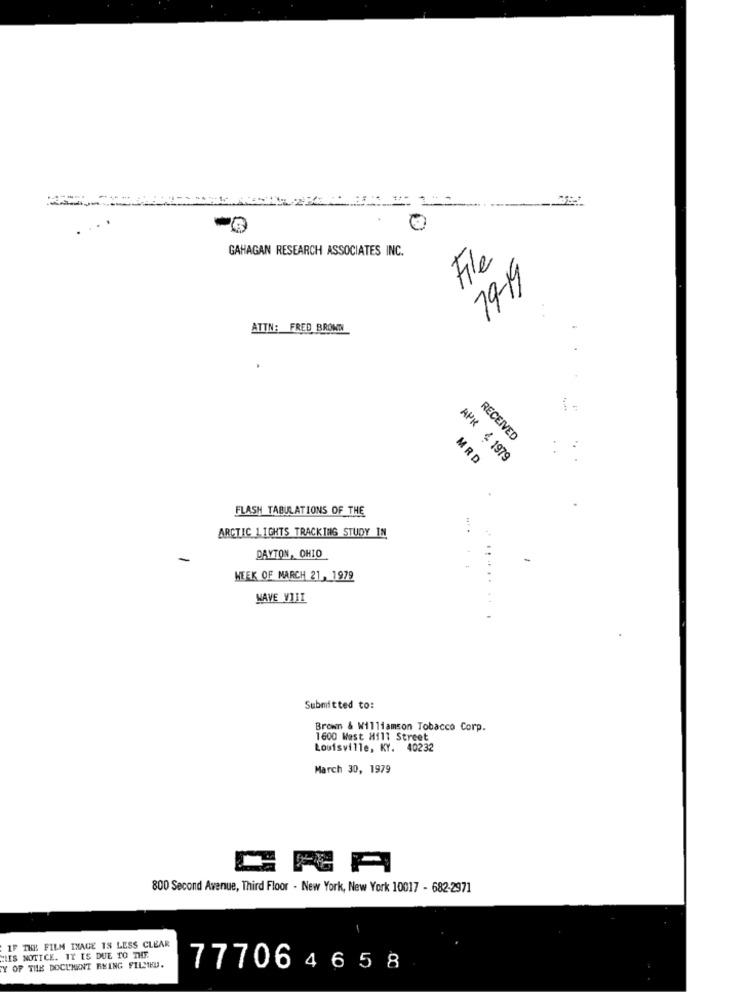
GAHAGAN RESEARCH ASSOCIATES INC.
File
19-19
ATTN: FRED BROWN
...
RECEIVED
MRD
APR 4 1979
FLASH TABULATIONS OF THE
ARCTIC 1.IGHTS TRACKING STUDY IN
DAYTON, OHIO
WEEK OF MARCH 21, 1979
MAVE VIII
Submitted to:
Brown & Williamson Tobacco Corp.
1600 West Hill Street
Louisville, KY. 40232
March 30, 1979
CRA
800 Second Avenue, Third Floor - New York, New York 10017 - 682-2971
IF THE FILM IMAGE IS LESS CLEAR
MIIS NOTICE. IT IS DUE TO THE
Y OF THE DOCUMENT BEING FILMEU.
777064658